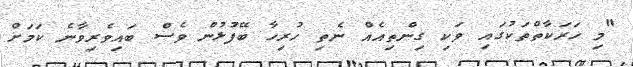
"މި ހަރަކާތްތަކުގައި ވަކި ގިންތިއެއް ނެތި ހުރިހާ ބޭފުޅުން ވެސް ބައިވެރިވާނެ ކަމަށް